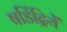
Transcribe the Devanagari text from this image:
षडिंद्रियें